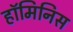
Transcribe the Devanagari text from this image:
हॉमिनिस